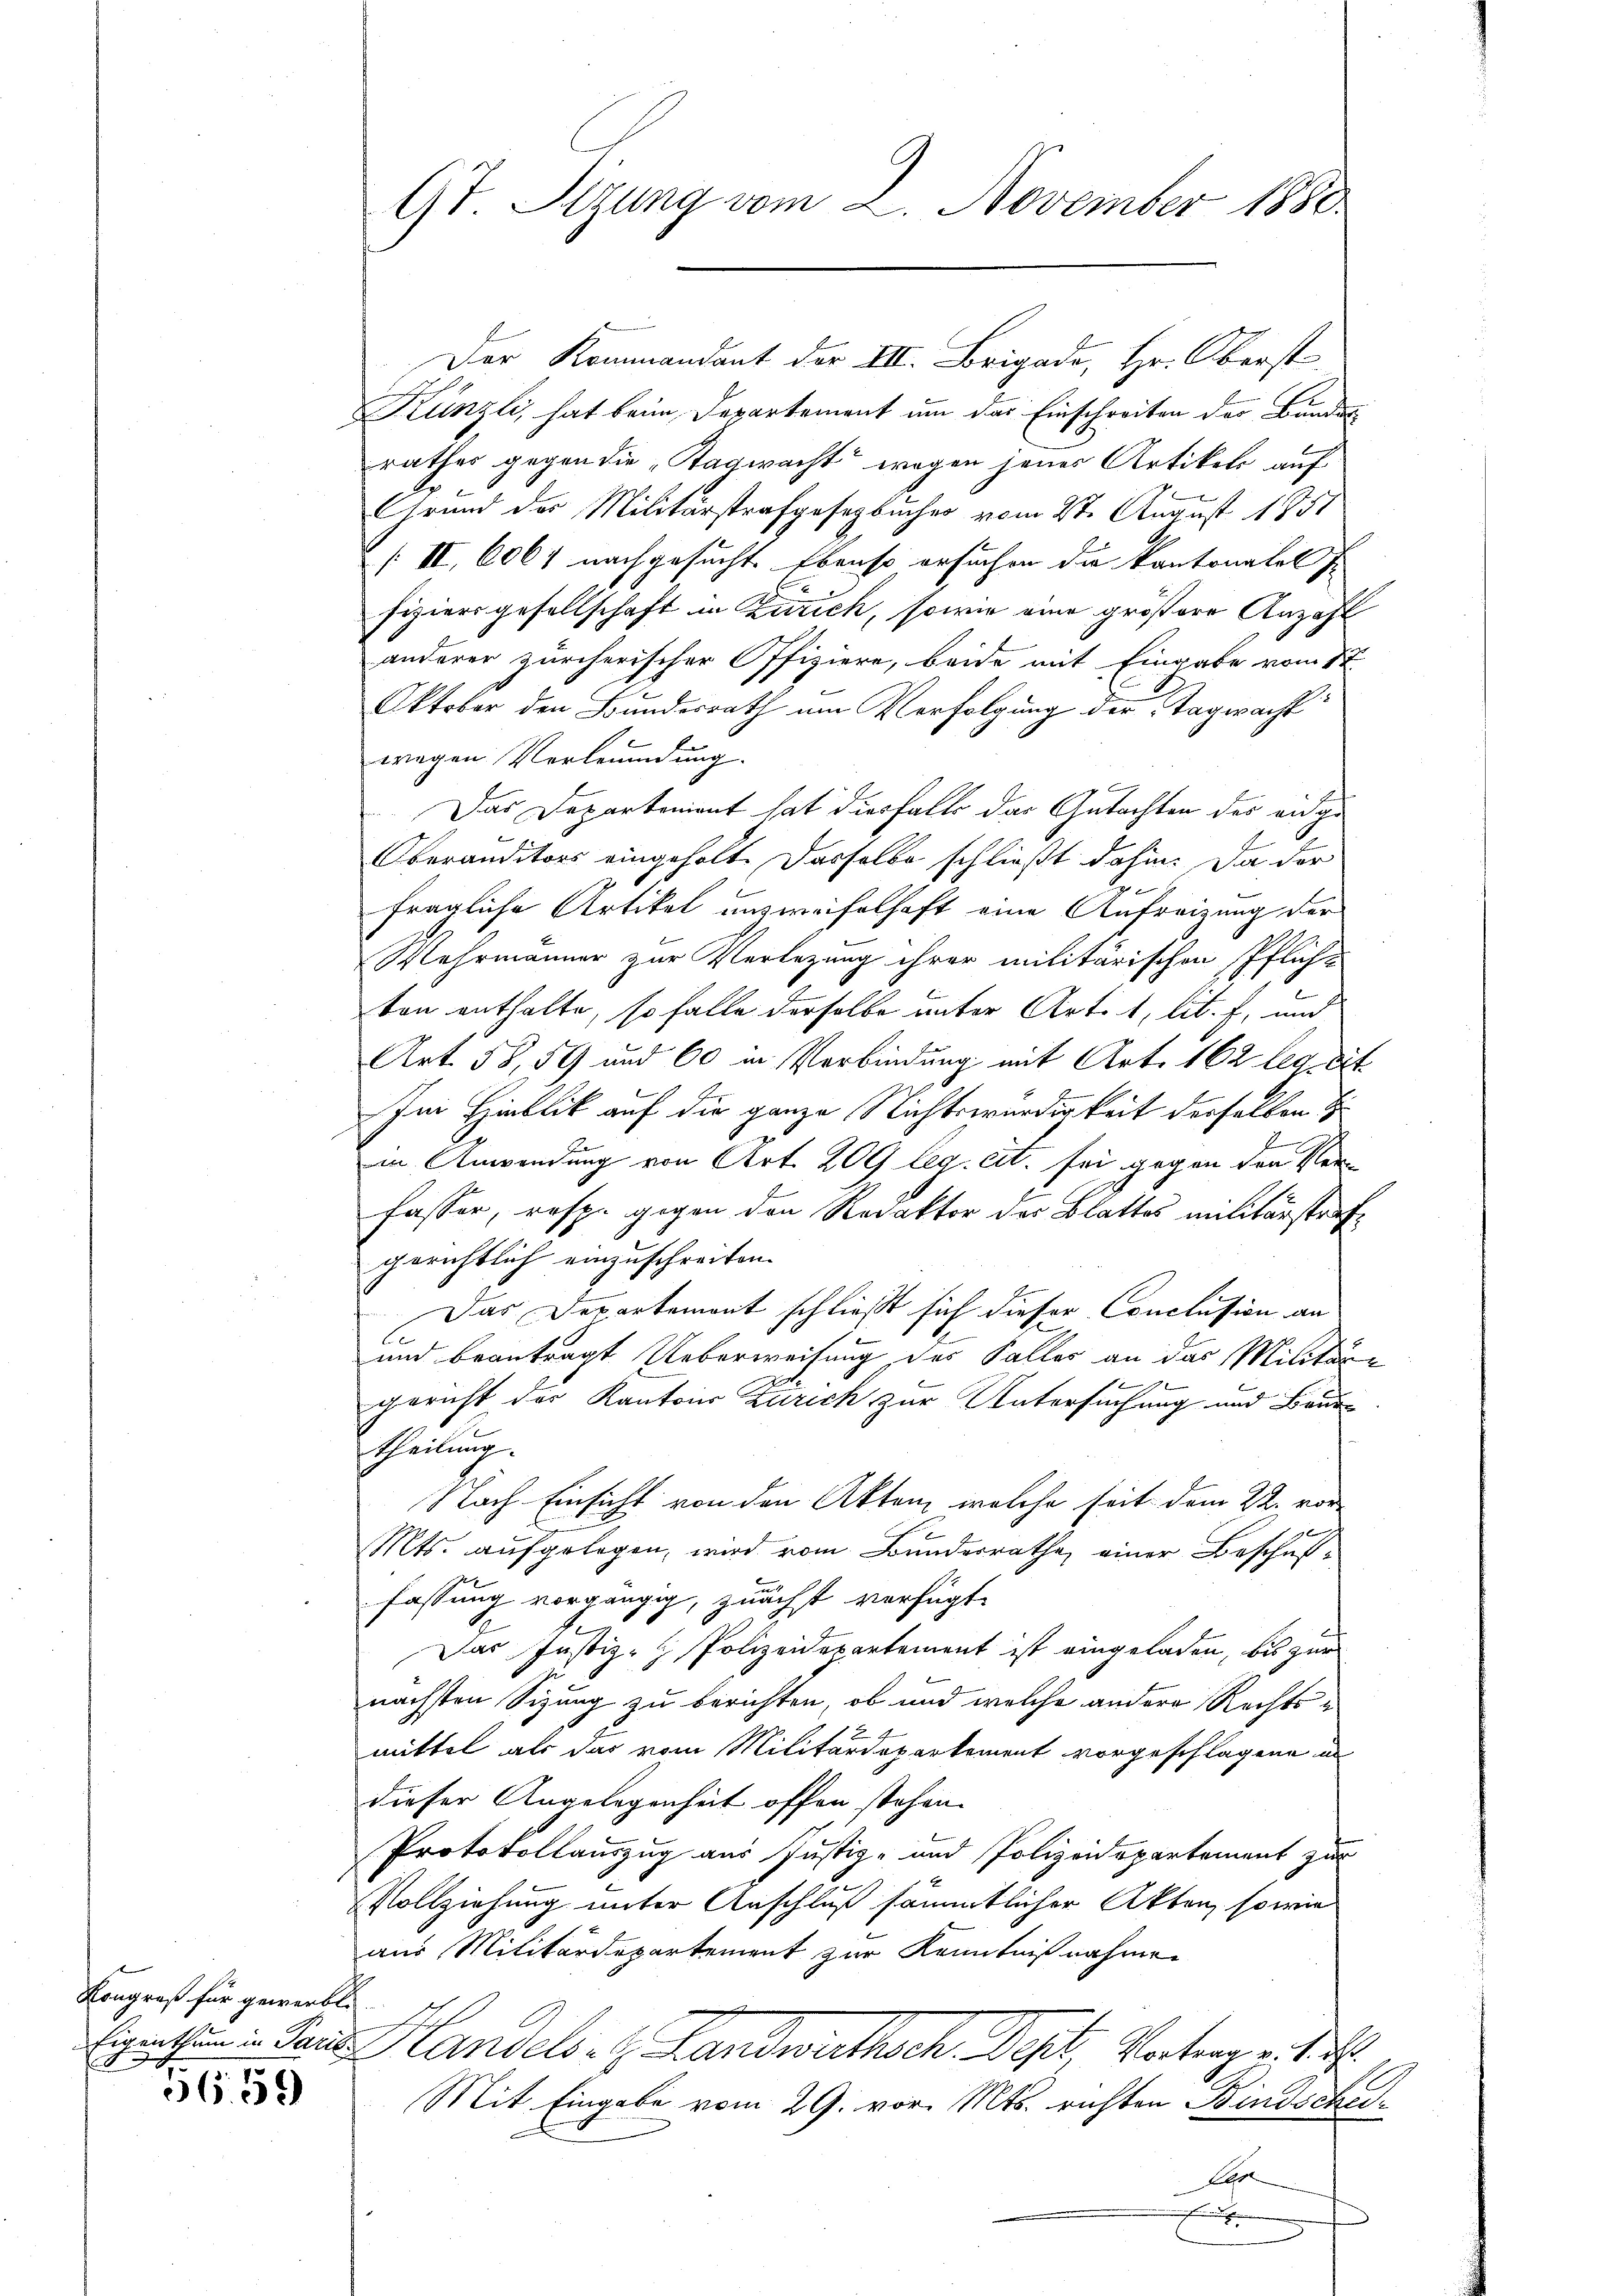
Kongreß für gewerbt.

56. 59

Der Kommandant der III. Brigado, Hr. Oberst
Künzli, hat beim Departement um das Einschreiben der Bundes
rathes gegen die „Tagwacht“ wegen jener Artikeli auf
Grund der Militärstrafgesetzbuches vom 2te August 1851
/II. 6067 nachgesucht. Ebenso ersuchen die Kantonatel s
fiziersgesellschaft in Zürich, sowie eine größere Anzahl
anderer zürcherischer Offiziere, beide mit Eingabe vom 12.
Oktober den Bundesrath um Verfolgung der Tagwacht
wegen Verleumdung.
Das Departement hat diesfalls das Gutachten des eidge¬
E
Oberauditors eingeholte Darselbe schließt dahin. Da der
fragliche Artikel unzweifelhaft eine Aufreizung der
Wehrmänner zur Verlegung ihrer militärischen Pfliche
ten enthalte, so falle derselbe unter Art. 1, lit. f, und
Art. 58, 59 und 60 in Verbindung mit Art. 162 legreit
ei Hinblick auf die ganze Nichtswürdigkeit derselben H
in Anwendung von Art. 209 leg. cit. sei gegen den Verfasser, resp. gegen den Redaktor des Blattes militärstrafgerichtlich einzuschreiten.
Das Departemont schließt sich dieser Conclusion an
und beantragt Ueberweisung des Faller an das Militär-
gericht der Kantons Zürich zur Untersuchung und Bautheilung.
Nach Einsicht von den Akten, welche seit dem 22. vor
Mts. aufgelegen, wird vom Bundesrathe einer Beschußfassung vorgängig, zuächst verfügt
Das Justiz- & Polizeidepartement ist eingeladen, bis zur
nächsten Sizung zu berichten, ob und welche andere Rechtsmittel als das vom Militärdepartement vorgeschlagene in
dieser Angelegenheit offen stehen.
Protokollauszug aus Justiz- und Polizeidepartement zur
x
Vollziehung unter Anschluß sämmtlicher Akten, so wie
aus Militärdepartement zur Kenntnißnahmen
Eigent. Dann Handels- & Landwirthsch. Dest, Vaterpr: 17.
Mit Eingabe vom 29. vor. Mts. richten Bindschei¬
EG
f

Gt. Sizung vom 2. November 1880